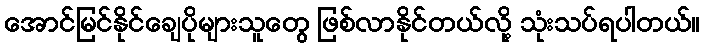
အောင်မြင်နိုင်ချေပိုများသူတွေ ဖြစ်လာနိုင်တယ်လို့ သုံးသပ်ရပါတယ်။